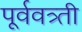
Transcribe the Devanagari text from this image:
पूर्ववत्र्ती